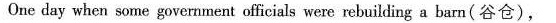
One day when some government officials were rebuilding a barn(谷仓) ,